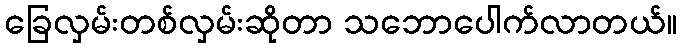
ခြေလှမ်းတစ်လှမ်းဆိုတာ သဘောပေါက်လာတယ်။